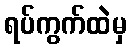
ရပ်ကွက်ထဲမှ